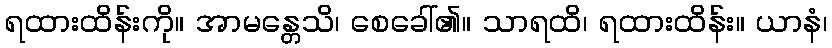
ရထားထိန်းကို။ အာမန္တေသိ၊ စေခေါ်၏။ သာရထိ၊ ရထားထိန်း။ ယာနံ၊